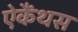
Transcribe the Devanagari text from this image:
ऐकैंथस